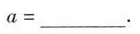
α=___.